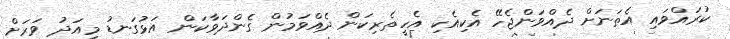
ކުރައްވައި އެތަނަށް ދެއްވަންޖެހޭ އެކިއެކި އެހީތެރިކަން ދެއްވަމުން ގެންދަވާކަން އަޅުގަނޑު މިއަދު ވަރަށް